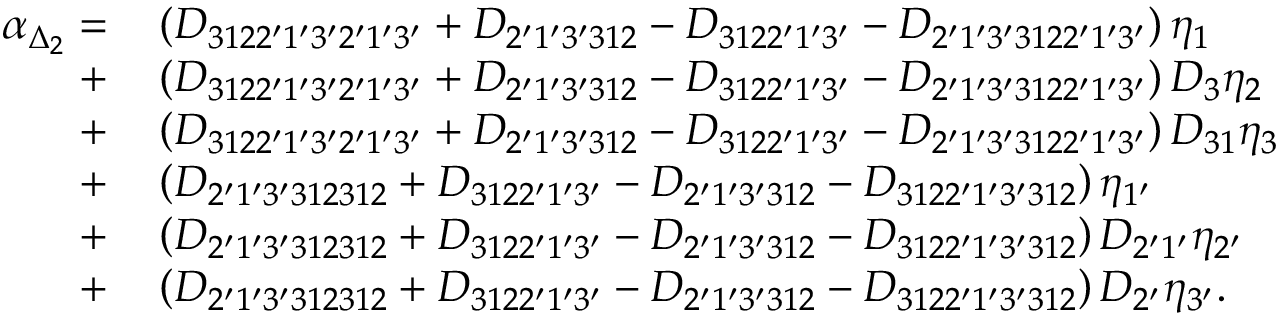
\begin{array} { r l } { \alpha _ { \Delta _ { 2 } } = } & { { } \left( { { D _ { 3 1 2 2 ^ { \prime } 1 ^ { \prime } 3 ^ { \prime } 2 ^ { \prime } 1 ^ { \prime } 3 ^ { \prime } } } + { D _ { 2 ^ { \prime } 1 ^ { \prime } 3 ^ { \prime } 3 1 2 } } - { D _ { 3 1 2 2 ^ { \prime } 1 ^ { \prime } 3 ^ { \prime } } } - { D _ { 2 ^ { \prime } 1 ^ { \prime } 3 ^ { \prime } 3 1 2 2 ^ { \prime } 1 ^ { \prime } 3 ^ { \prime } } } } \right) { \eta _ { 1 } } } \\ { + } & { { } \left( { { D _ { 3 1 2 2 ^ { \prime } 1 ^ { \prime } 3 ^ { \prime } 2 ^ { \prime } 1 ^ { \prime } 3 ^ { \prime } } } + { D _ { 2 ^ { \prime } 1 ^ { \prime } 3 ^ { \prime } 3 1 2 } } - { D _ { 3 1 2 2 ^ { \prime } 1 ^ { \prime } 3 ^ { \prime } } } - { D _ { 2 ^ { \prime } 1 ^ { \prime } 3 ^ { \prime } 3 1 2 2 ^ { \prime } 1 ^ { \prime } 3 ^ { \prime } } } } \right) { D _ { 3 } } { \eta _ { 2 } } } \\ { + } & { { } \left( { { D _ { 3 1 2 2 ^ { \prime } 1 ^ { \prime } 3 ^ { \prime } 2 ^ { \prime } 1 ^ { \prime } 3 ^ { \prime } } } + { D _ { 2 ^ { \prime } 1 ^ { \prime } 3 ^ { \prime } 3 1 2 } } - { D _ { 3 1 2 2 ^ { \prime } 1 ^ { \prime } 3 ^ { \prime } } } - { D _ { 2 ^ { \prime } 1 ^ { \prime } 3 ^ { \prime } 3 1 2 2 ^ { \prime } 1 ^ { \prime } 3 ^ { \prime } } } } \right) { D _ { 3 1 } } { \eta _ { 3 } } } \\ { + } & { { } \left( { { D _ { 2 ^ { \prime } 1 ^ { \prime } 3 ^ { \prime } 3 1 2 3 1 2 } } + { D _ { 3 1 2 2 ^ { \prime } 1 ^ { \prime } 3 ^ { \prime } } } - { D _ { 2 ^ { \prime } 1 ^ { \prime } 3 ^ { \prime } 3 1 2 } } - { D _ { 3 1 2 2 ^ { \prime } 1 ^ { \prime } 3 ^ { \prime } 3 1 2 } } } \right) { \eta _ { 1 ^ { \prime } } } } \\ { + } & { { } \left( { { D _ { 2 ^ { \prime } 1 ^ { \prime } 3 ^ { \prime } 3 1 2 3 1 2 } } + { D _ { 3 1 2 2 ^ { \prime } 1 ^ { \prime } 3 ^ { \prime } } } - { D _ { 2 ^ { \prime } 1 ^ { \prime } 3 ^ { \prime } 3 1 2 } } - { D _ { 3 1 2 2 ^ { \prime } 1 ^ { \prime } 3 ^ { \prime } 3 1 2 } } } \right) { D _ { 2 ^ { \prime } 1 ^ { \prime } } } { \eta _ { 2 ^ { \prime } } } } \\ { + } & { { } \left( { { D _ { 2 ^ { \prime } 1 ^ { \prime } 3 ^ { \prime } 3 1 2 3 1 2 } } + { D _ { 3 1 2 2 ^ { \prime } 1 ^ { \prime } 3 ^ { \prime } } } - { D _ { 2 ^ { \prime } 1 ^ { \prime } 3 ^ { \prime } 3 1 2 } } - { D _ { 3 1 2 2 ^ { \prime } 1 ^ { \prime } 3 ^ { \prime } 3 1 2 } } } \right) { D _ { 2 ^ { \prime } } } { \eta _ { 3 ^ { \prime } } } . } \end{array}